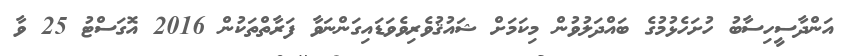
އަންދާސީހިސާބު ހުށަހެޅުމުގެ ބައްދަލުވުން މިކަމަށް ޝައުޤުވެރިވެވަޑައިގަންނަވާ ފަރާތްތަކުން 2016 އޮގަސްޓު 25 ވާ